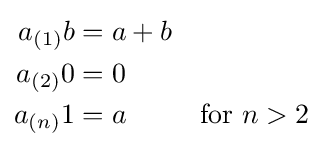
{\begin{aligned}a_{(1)}b&=a+b\\a_{(2)}0&=0\\a_{(n)}1&=a&{\text{for }}n>2\\\end{aligned}}